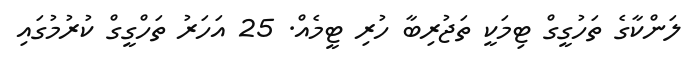
ލަންކާގެ ތަހުގީގް ޓިމަކީ ތަޖުރިބާ ހުރި ޓީމެއް. 25 އަހަރު ތަހްގީގް ކުރުމުގައި